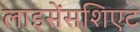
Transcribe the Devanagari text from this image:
लाइसेंसशिएट